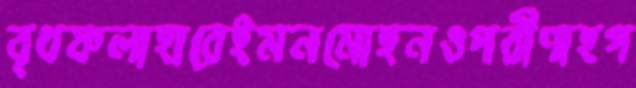
বৃধফলাহারেইমনমোহনওপরীণাহগ